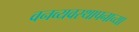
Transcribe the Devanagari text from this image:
वनव्यवस्थापनाच्या